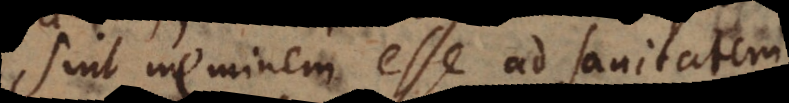
sint neminem esse ad sanitatem